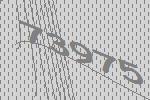
73975